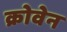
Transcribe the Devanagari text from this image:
क्रोवेन